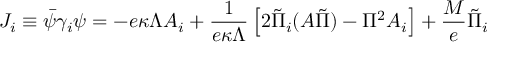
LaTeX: J _ { i } \equiv \bar { \psi } \gamma _ { i } \psi = - e \kappa \Lambda A _ { i } + \frac { 1 } { e \kappa \Lambda } \left[ 2 \tilde { \Pi } _ { i } ( A \tilde { \Pi } ) - \Pi ^ { 2 } A _ { i } \right] + \frac { M } { e } \tilde { \Pi } _ { i }